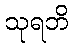
သုရဘိ